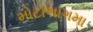
મોટાભાગમા